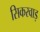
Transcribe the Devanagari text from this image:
सिकरवाड़